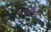
પાનધરા